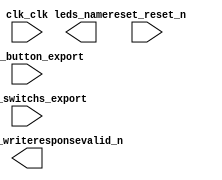

module niosLab2 (
	clk_clk,
	leds_name,
	pio_1_switchs_export,
	pio_2_button_export,
	reset_reset_n,
	motor_phase_writeresponsevalid_n);	

	input		clk_clk;
	output	[3:0]	leds_name;
	input	[3:0]	pio_1_switchs_export;
	input		pio_2_button_export;
	input		reset_reset_n;
	output	[3:0]	motor_phase_writeresponsevalid_n;
endmodule